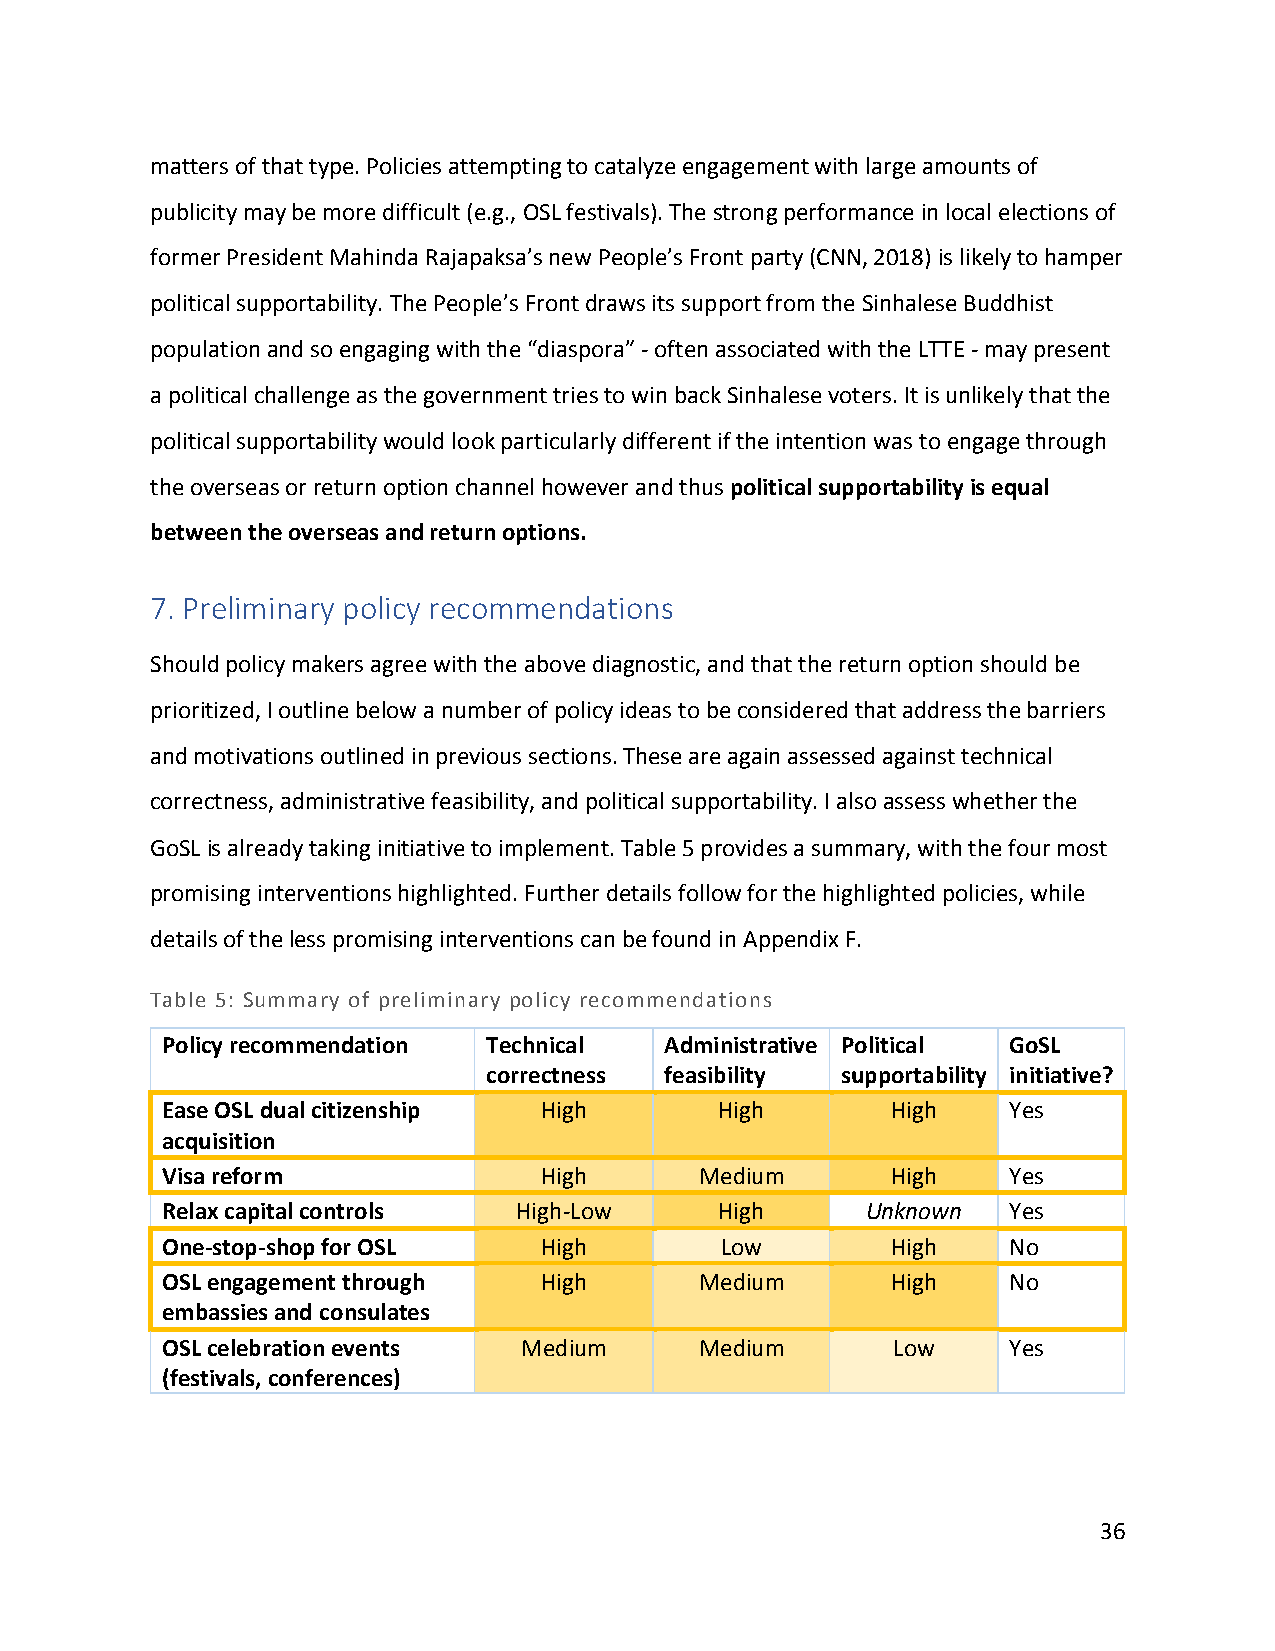
matters of that type. Policies attempting to catalyze engagement with large amounts of
 publicity may be more difficult (e.g., OSL festivals). The strong performance in local elections of
 former President Mahinda Rajapaksa’s new People’s Front party (CNN, 2018) is likely to hamper
 political supportability. The People’s Front draws its support from the Sinhalese Buddhist
 population and so engaging with the “diaspora” - often associated with the LTTE - may present
 a political challenge as the government tries to win back Sinhalese voters. It is unlikely that the
 political supportability would look particularly different if the intention was to engage through
 the overseas or return option channel however and thus political supportability is equal
 between the overseas and return options.
 7. Preliminary policy recommendations
 Should policy makers agree with the above diagnostic, and that the return option should be
 prioritized, I outline below a number of policy ideas to be considered that address the barriers
 and motivations outlined in previous sections. These are again assessed against technical
 correctness, administrative feasibility, and political supportability. I also assess whether the
 GoSL is already taking initiative to implement. Table 5 provides a summary, with the four most
 promising interventions highlighted. Further details follow for the highlighted policies, while
 details of the less promising interventions can be found in Appendix F.
 Table 5: Summary of preliminary policy recommendations
 Policy recommendation Technical  Administrative Political GoSL
 correctness feasibility supportability initiative?
 Ease OSL dual citizenship High       High       High    Yes
 acquisition
 Visa reform              High      Medium       High    Yes
 Relax capital controls High-Low      High     Unknown   Yes
 One-stop-shop for OSL    High        Low        High    No
 OSL engagement through   High      Medium       High    No
 embassies and consulates
 OSL celebration events  Medium     Medium       Low     Yes
 (festivals, conferences)
 36